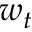
w _ { t }